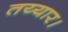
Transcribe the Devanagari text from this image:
तय्यार।